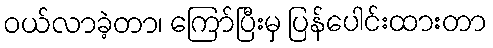
ဝယ်လာခဲ့တာ၊ ကြော်ပြီးမှ ပြန်ပေါင်းထားတာ